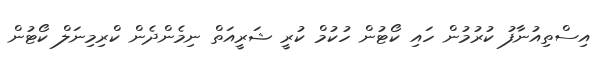
އިސްތިއުނާފު ކުރުމުން ހައި ކޯޓުން ހުކުމް ކުރީ ޝަރީއަތް ނިމެންދެން ކްރިމިނަލް ކޯޓުން